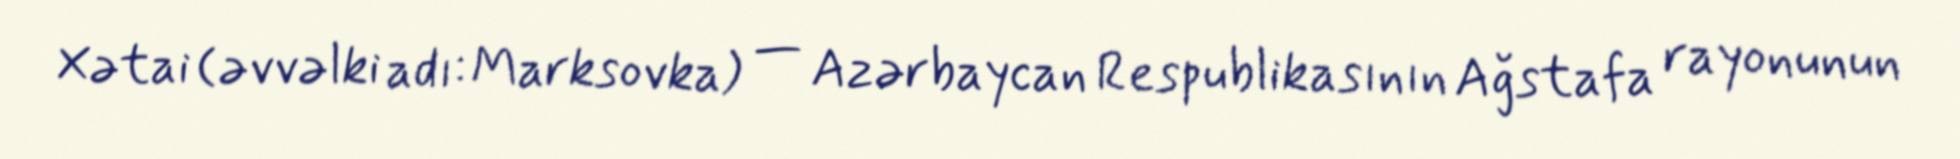
Xətai (əvvəlki adı: Marksovka) — Azərbaycan Respublikasının Ağstafa rayonunun